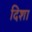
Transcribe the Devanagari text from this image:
दिशा